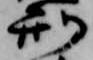
刑